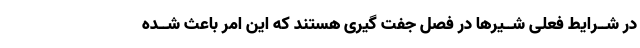
در شــرایط فعلى شــیرها در فصل جفت گیرى هستند که این امر باعث شــده